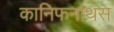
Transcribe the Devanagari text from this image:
कानिफनाथस